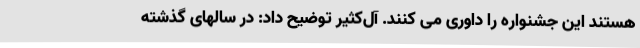
هستند این جشنواره را داوری می کنند. آل‌کثیر توضیح داد: در سالهای گذشته